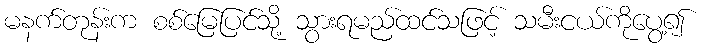
မနက်တုန်းက စစ်မြေပြင်သို့ သွားရမည်ထင်သဖြင့် သမီးငယ်ကိုပွေ့၍